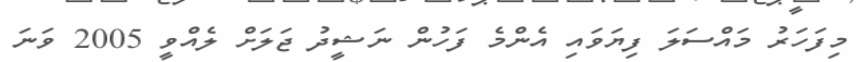
މިފަހަރު މައްސަލަ ފިޔަވައި އެންމެ ފަހުން ނަޝީދު ޖަލަށް ލެއްވީ 2005 ވަނަ